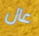
عال